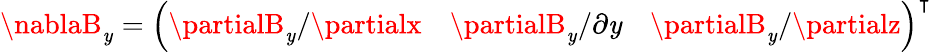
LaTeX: \nablaB_{\mathit{y}}=\left(\partialB_{\mathit{y}}/\partialx\quad\partialB_{\mathit{y}}/\partial\mathit{y}\quad\partialB_{\mathit{y}}/\partialz\right)^{\intercal}